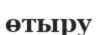
өтыру